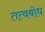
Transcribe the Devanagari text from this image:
तत्वबोध